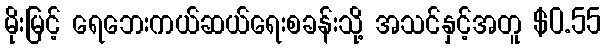
မိုးမြင့် ရေဘေးကယ်ဆယ်ရေးစခန်းသို့ အသင်နှင့်အတူ $0.55